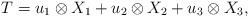
LaTeX: \begin{align*}T=u_1\otimes X_1 + u_2\otimes X_2 + u_3 \otimes X_3,\end{align*}